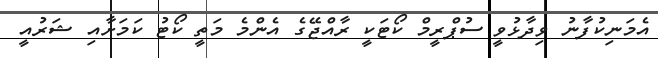
އެމަނިކުފާނު ވިދާޅުވީ ސުޕްރީމް ކޯޓަކީ ރާއްޖޭގެ އެންމެ މަތީ ކޯޓު ކަމަށާއި ޝަރުއީ